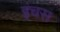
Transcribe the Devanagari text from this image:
इंचस